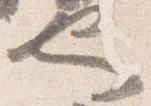
也